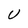
Character: U